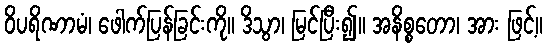
ဝိပရိဏာမံ၊ ဖေါက်ပြန်ခြင်းကို။ ဒိသွာ၊ မြင်ပြီး၍။ အနိစ္စတော၊ အား ဖြင့်။